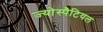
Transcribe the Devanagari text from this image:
ज्योस्पैटियल